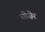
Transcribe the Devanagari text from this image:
सीज़ेर